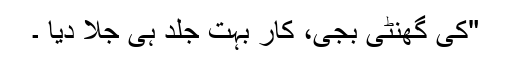
"کی گھنٹی بجی، کار بہت جلد ہی جلا دیا ۔